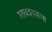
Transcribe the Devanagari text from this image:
आवश्यकथा